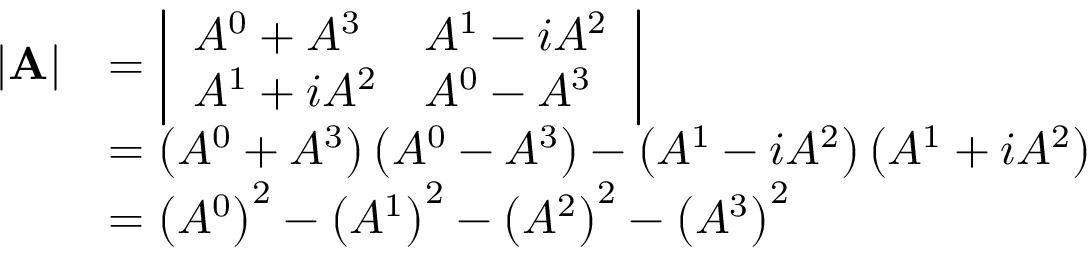
{ \begin{array} { r l } { | \mathbf { A } | } & { = { \left| \begin{array} { l l } { A ^ { 0 } + A ^ { 3 } } & { A ^ { 1 } - i A ^ { 2 } } \\ { A ^ { 1 } + i A ^ { 2 } } & { A ^ { 0 } - A ^ { 3 } } \end{array} \right| } } \\ & { = \left( A ^ { 0 } + A ^ { 3 } \right) \left( A ^ { 0 } - A ^ { 3 } \right) - \left( A ^ { 1 } - i A ^ { 2 } \right) \left( A ^ { 1 } + i A ^ { 2 } \right) } \\ & { = \left( A ^ { 0 } \right) ^ { 2 } - \left( A ^ { 1 } \right) ^ { 2 } - \left( A ^ { 2 } \right) ^ { 2 } - \left( A ^ { 3 } \right) ^ { 2 } } \end{array} }